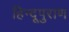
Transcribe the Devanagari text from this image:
हिन्दूपुराण